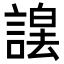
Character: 𮘮